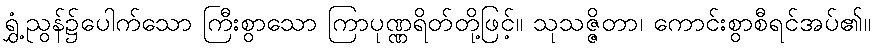
ရွှံ့ညွန်၌ပေါက်သော ကြီးစွာသော ကြာပုဏ္ဏရိတ်တို့ဖြင့်။ သုသဇ္ဇိတာ၊ ကောင်းစွာစီရင်အပ်၏။